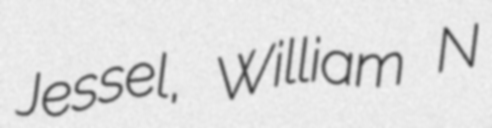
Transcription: Jessel, William N